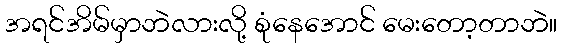
အရင်အိမ်မှာဘဲလားလို့ စုံနေအောင် မေးတော့တာဘဲ။